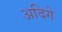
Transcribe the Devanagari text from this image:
अदिगे